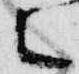
々